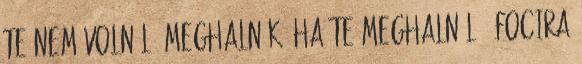
te nem volnál, Meghalnék, ha te meghalnál ‹ Focira